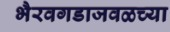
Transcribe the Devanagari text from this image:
भैरवगडाजवळच्या